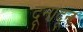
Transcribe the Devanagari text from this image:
दूनादून